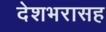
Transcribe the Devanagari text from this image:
देशभरासह